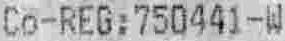
CO-REG:750441-W